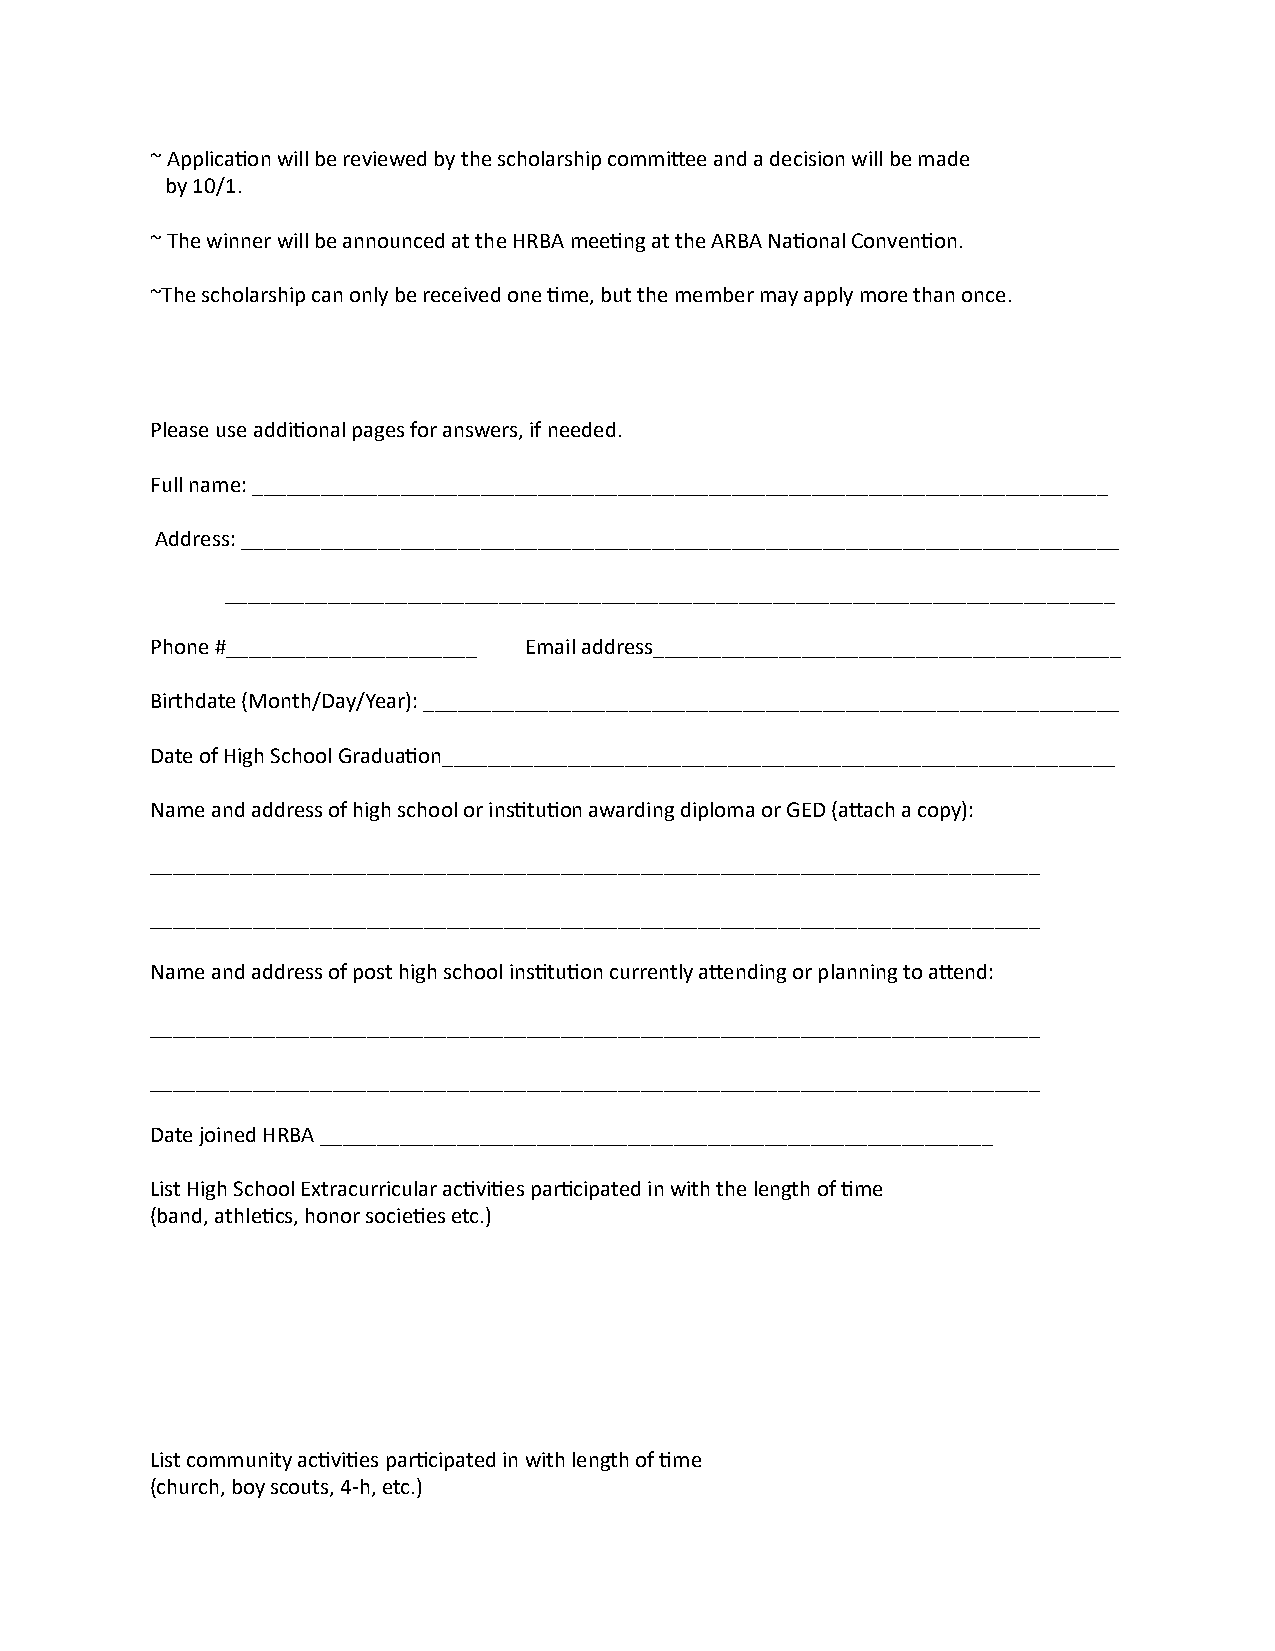
~ Applica2on will be reviewed by the scholarship commiIee and a decision will be made
 by 10/1.
 ~ The winner will be announced at the HRBA mee2ng at the ARBA Na2onal Conven2on.
 ~The scholarship can only be received one 2me, but the member may apply more than once.
 Please use addi2onal pages for answers, if needed.
 Full name: ___________________________________________________________________________
 Address: _____________________________________________________________________________
 ______________________________________________________________________________
 Phone #______________________ Email address_________________________________________
 Birthdate (Month/Day/Year): _____________________________________________________________
 Date of High School Gradua2on___________________________________________________________
 Name and address of high school or ins2tu2on awarding diploma or GED (aIach a copy):
 ______________________________________________________________________________
 ______________________________________________________________________________
 Name and address of post high school ins2tu2on currently aIending or planning to aIend:
 ______________________________________________________________________________
 ______________________________________________________________________________
 Date joined HRBA ___________________________________________________________
 List High School Extracurricular ac2vi2es par2cipated in with the length of 2me
 (band, athle2cs, honor socie2es etc.)
 List community ac2vi2es par2cipated in with length of 2me
 (church, boy scouts, 4-h, etc.)